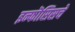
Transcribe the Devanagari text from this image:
इन्फॊसिसचे